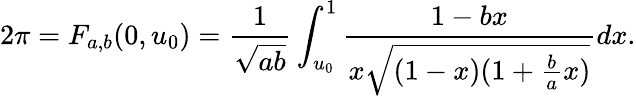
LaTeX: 2\pi=F_{a,b}(0,u_{0})=\frac{1}{\sqrt{ab}}\int_{u_{0}}^{1}\frac{1-bx}{x\sqrt{(1-x)(1+\frac{b}{a}x)}}dx.